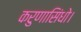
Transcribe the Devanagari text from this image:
करुणासिंधो।